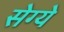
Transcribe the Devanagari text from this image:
सेग्ये